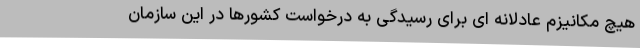
هیچ مکانیزم عادلانه ای برای رسیدگی به درخواست کشورها در این سازمان